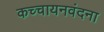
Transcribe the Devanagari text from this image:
कच्चायनवंदना